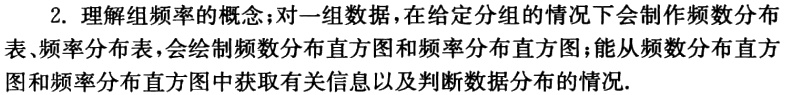
2. 理解组频率的概念；对一组数据，在给定分组的情况下会制作频数分布表、频率分布表，会绘制频数分布直方图和频率分布直方图；能从频数分布直方图和频率分布直方图中获取有关信息以及判断数据分布的情况.